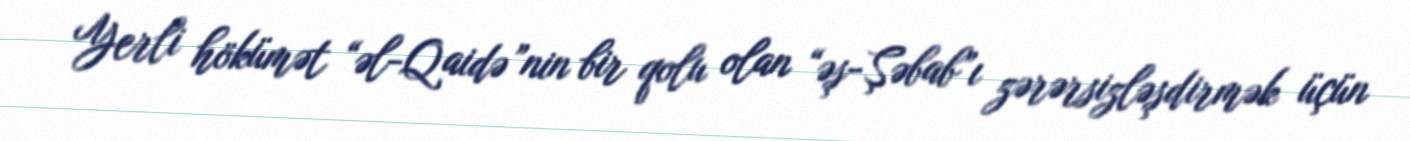
Yerli hökümət “əl-Qaidə”nin bir qolu olan “əş-Şəbab”ı zərərsizləşdirmək üçün